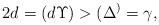
LaTeX: \begin{align*} 2d = (d \Upsilon) > (\Delta^) = \gamma, \end{align*}